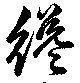
纔